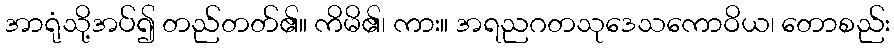
အာရုံသို့အပ်၍ တည်တတ်၏။ ကိမိ၏၊ ကား။ အရညဂတသုဒေသကောဝိယ၊ တောစည်း